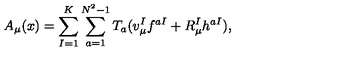
A _ { \mu } ( x ) = \sum _ { I = 1 } ^ { K } \sum _ { a = 1 } ^ { N ^ { 2 } - 1 } T _ { a } ( v _ { \mu } ^ { I } f ^ { a I } + R _ { \mu } ^ { I } h ^ { a I } ) ,